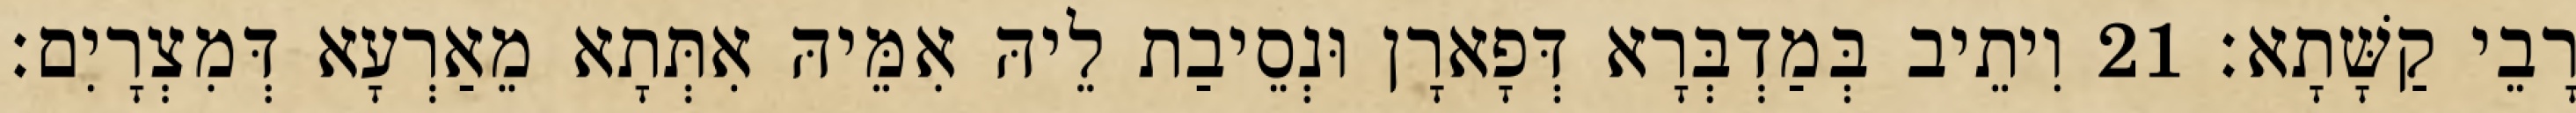
רָבֵי קַשָּׁתָא׃ 21 וִיתֵיב בְּמַדְבְּרָא דְּפָארָן וּנְסֵיבַת לֵיהּ אִמֵּיהּ אִתְּתָא מֵאַרְעָא דְּמִצְרָיִם׃